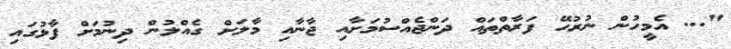
"... އެމީހުން ނުރުހޭ ފަރާތްތައް ދަންޖެއްސުމަށާއި ޖާނާއި މާލަށް ގެއްލުން ދިނުމަށް ފާޅުގައި